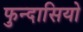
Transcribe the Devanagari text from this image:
फुन्दासियो